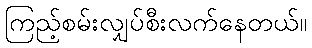
ကြည့်စမ်းလျှပ်စီးလက်နေတယ်။